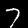
Digit: 7